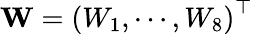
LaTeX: \mathbf{W}=\left(W_{1},\cdots,W_{8}\right)^{\top}